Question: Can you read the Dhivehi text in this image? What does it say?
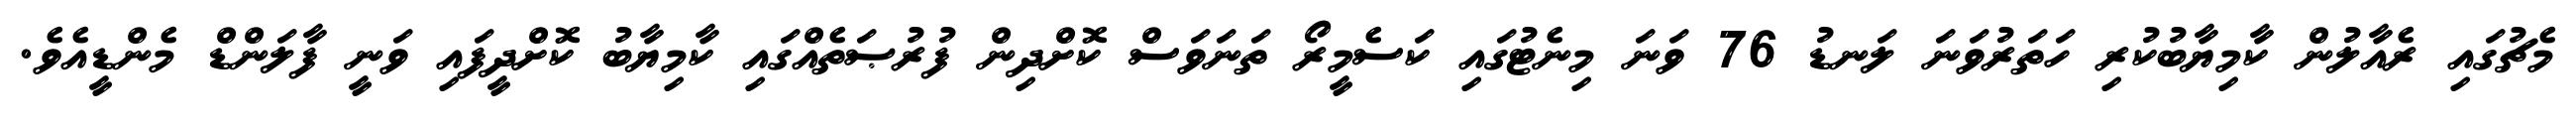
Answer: މެޗުގައި ރެއާލުން ކާމިޔާބުކުރި ހަތަރުވަނަ ލަނޑު 76 ވަނަ މިނެޓުގައި ކަސެމީރޯ ތަނަވަސް ކޮށްދިން ފުރުޞަތެއްގައި ކާމިޔާބު ކޮށްދީފައި ވަނީ ފާލަންޑް މެންޑީއެވެ.